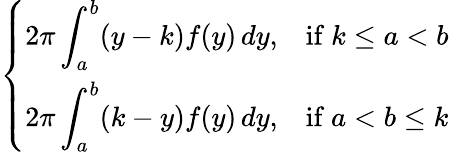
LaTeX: \left\{ \begin{array}{ll}{\displaystyle 2\pi\int_{a}^{b}(y-k)f(y)\, dy,}&{{\mathrm{if}}\ k\leq a<b}\\ {\displaystyle 2\pi\int_{a}^{b}(k-y)f(y)\, dy,}&{{\mathrm{if}}\ a<b\leq k}\end{array}\right.